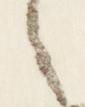
之